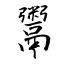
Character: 鬻